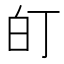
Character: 𭽆